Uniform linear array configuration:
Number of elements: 48
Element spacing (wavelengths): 0.25
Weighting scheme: hann
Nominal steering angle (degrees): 30
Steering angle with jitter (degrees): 29.594
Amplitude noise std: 0.05
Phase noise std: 0.05

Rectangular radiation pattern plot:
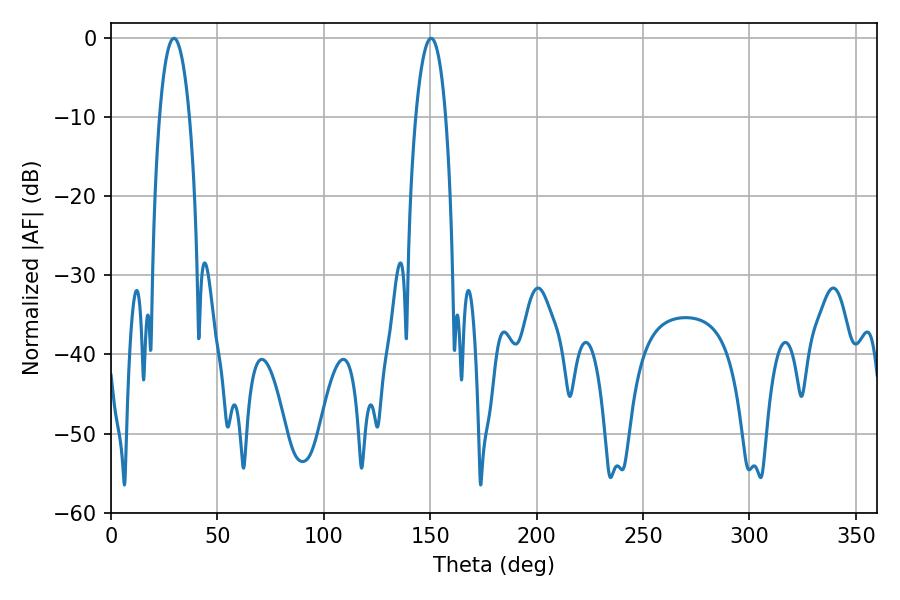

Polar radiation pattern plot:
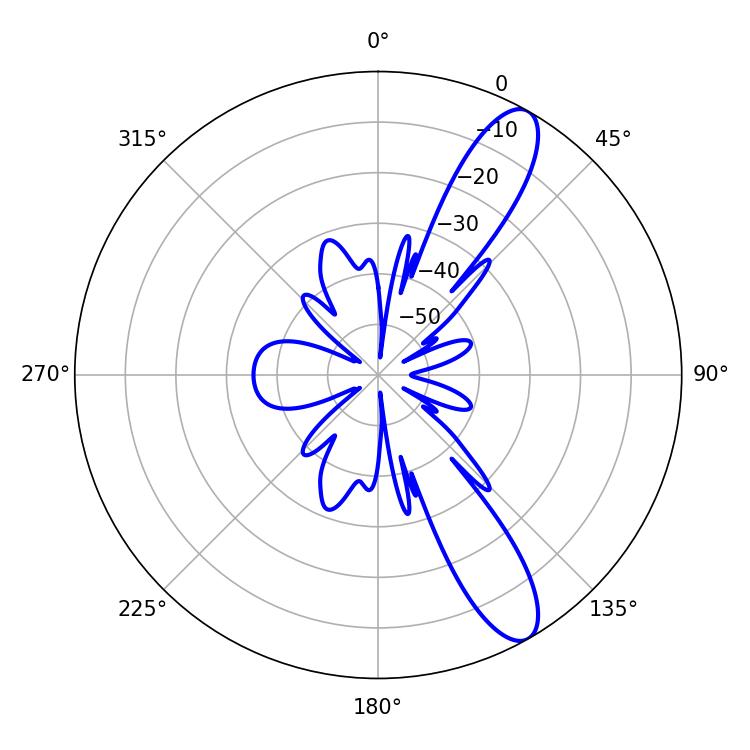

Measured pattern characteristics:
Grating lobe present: FALSE
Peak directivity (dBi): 11.403
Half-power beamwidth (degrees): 7.92
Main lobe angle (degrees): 29.52